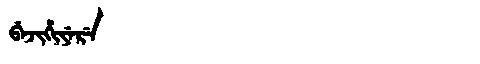
Manchu: ᠪᡝᠵᡳᡥᡳᠶᡝᡵᡝ
Romanization: BEJIHIYERE